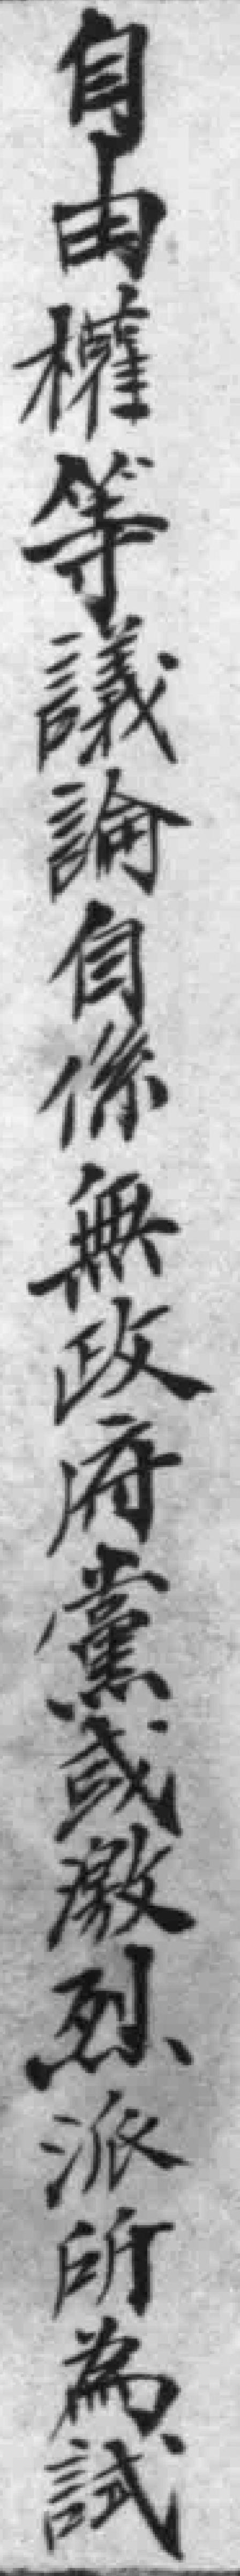
自由權等議論自保係無政府黨或激烈派所為試